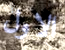
الاول